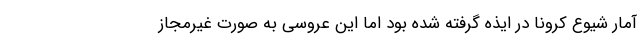
آمار شیوع کرونا در ایذه گرفته شده بود اما این عروسی به صورت غیرمجاز